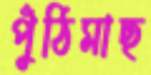
পুঁঠিমাছ